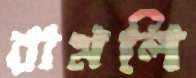
রামলি